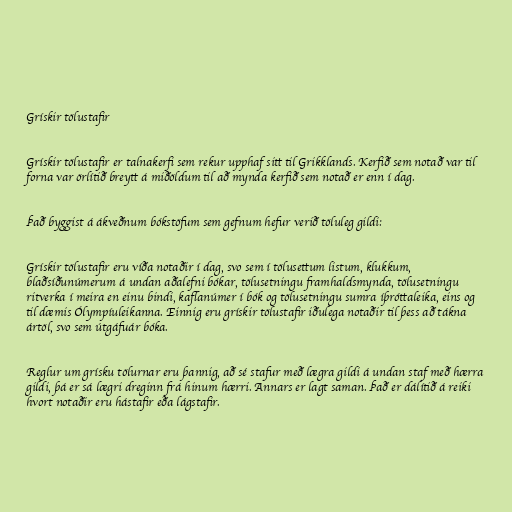
Grískir tölustafir

Grískir tölustafir er talnakerfi sem rekur upphaf sitt til Grikklands. Kerfið sem notað var til
forna var örlítið breytt á miðöldum til að mynda kerfið sem notað er enn í dag.

Það byggist á ákveðnum bókstöfum sem gefnum hefur verið töluleg gildi:

Grískir tölustafir eru víða notaðir í dag, svo sem í tölusettum listum, klukkum,
blaðsíðunúmerum á undan aðalefni bókar, tölusetningu framhaldsmynda, tölusetningu
ritverka í meira en einu bindi, kaflanúmer í bók og tölusetningu sumra íþróttaleika, eins og
til dæmis Ólympíuleikanna. Einnig eru grískir tölustafir iðulega notaðir til þess að tákna
ártöl, svo sem útgáfuár bóka.

Reglur um grísku tölurnar eru þannig, að sé stafur með lægra gildi á undan staf með hærra
gildi, þá er sá lægri dreginn frá hinum hærri. Annars er lagt saman. Það er dálítið á reiki
hvort notaðir eru hástafir eða lágstafir.